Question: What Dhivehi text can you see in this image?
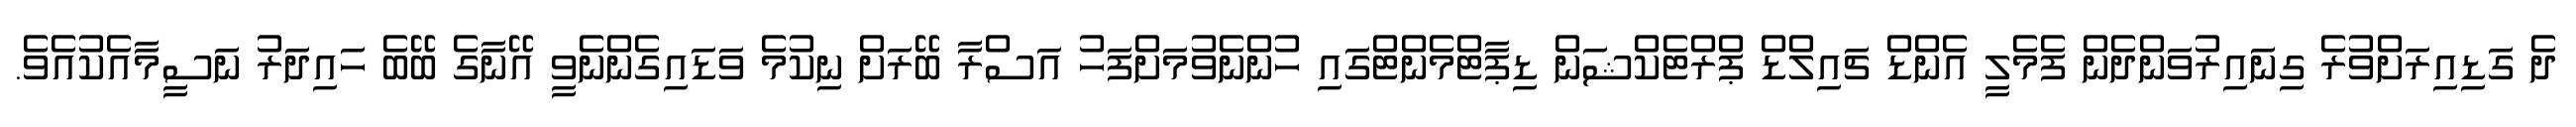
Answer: ދެ ގަޑިއިރަށްވުރެ ގިނައިރުވަންދެން ފެމެލީ އެންޑް ޗައިލްޑް ޕްރްޓެކްޝަން ޑިޕާޓްމެންޓްގައި ހުންނެވުމަށްފަހު އަސްރާ ބޭރަށް ނިކުމެ ވަޑައިގެންނެވީ އޭނާގެ ބޭބެ ހައިދަރު ނަސީމާއެކުއެވެ.